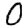
Digit: 0